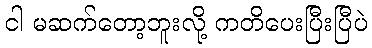
ငါ မဆက်တော့ဘူးလို့ ကတိပေးပြီးပြီပဲ